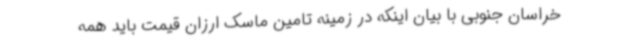
خراسان جنوبی با بیان اینکه در زمینه تامین ماسک ارزان قیمت باید همه